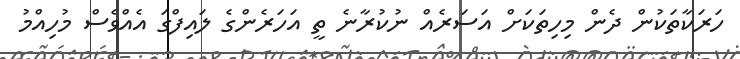
ހަރަކާތަކުން ދެން މިހިތަކަށް އަސަރެއް ނުކުރާނެ ތީ އަހަރެންގެ ލައިފްގަ އެއްވެސް މުހިއްމު